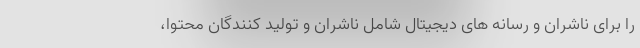
را برای ناشران و رسانه های دیجیتال شامل ناشران و تولید کنندگان محتوا،